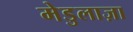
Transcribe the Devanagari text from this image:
मेडुलाज़ा